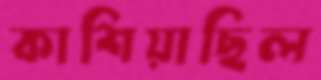
কাশিয়াছিল